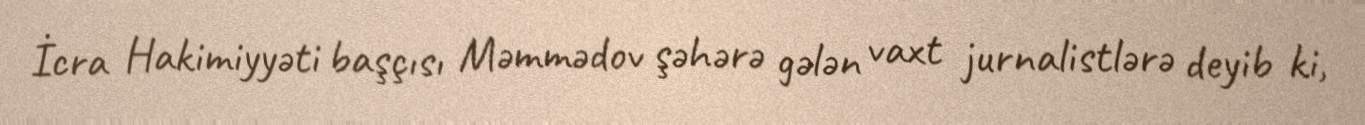
İcra Hakimiyyəti başçısı Məmmədov şəhərə gələn vaxt jurnalistlərə deyib ki,